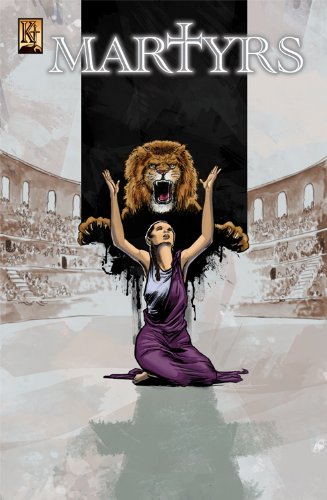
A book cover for The Martyrs; Art Ayris; Comics & Graphic Novels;